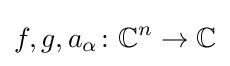
f,g,a_{\alpha }\colon \mathbb {C} ^{n}\to \mathbb {C}